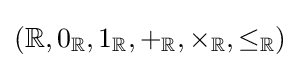
(\mathbb {R} ,0_{\mathbb {R} },1_{\mathbb {R} },+_{\mathbb {R} },\times _{\mathbb {R} },\leq _{\mathbb {R} })